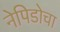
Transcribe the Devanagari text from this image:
नेपिडोचा